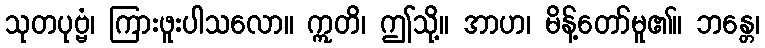
သုတပုဗ္ဗံ၊ ကြားဖူးပါသလော။ ဣတိ၊ ဤသို့။ အာဟ၊ မိန့်တော်မူ၏။ ဘန္တေ၊